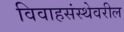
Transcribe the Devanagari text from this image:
विवाहसंस्थेवरील